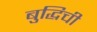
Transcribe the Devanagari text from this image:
बुद्धिची